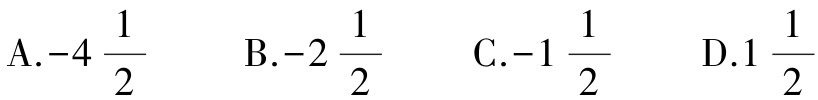
A.$-4\frac{1}{2}$  B.$-2\frac{1}{2}$  C.$-1\frac{1}{2}$  D.$1\frac{1}{2}$